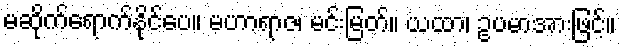
မဆိုက်ရောက်နိုင်ပေ။ မဟာရာဇ၊ မင်းမြတ်။ ယထာ၊ ဥပမာအားဖြင့်။